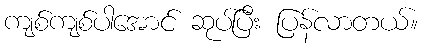
ကျစ်ကျစ်ပါအောင် ဆုပ်ပြီး ပြန်လာတယ်။